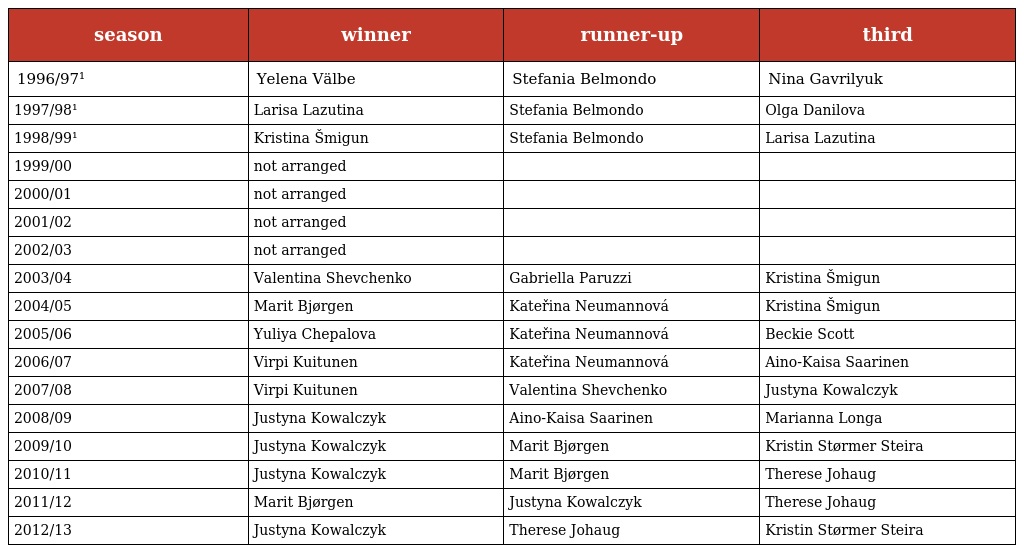
| season | winner | runner-up | third |
 | --- | --- | --- | --- |
 | 1996/97¹ | Yelena Välbe | Stefania Belmondo | Nina Gavrilyuk |
 | 1997/98¹ | Larisa Lazutina | Stefania Belmondo | Olga Danilova |
 | 1998/99¹ | Kristina Šmigun | Stefania Belmondo | Larisa Lazutina |
 | 1999/00 | not arranged |  |  |
 | 2000/01 | not arranged |  |  |
 | 2001/02 | not arranged |  |  |
 | 2002/03 | not arranged |  |  |
 | 2003/04 | Valentina Shevchenko | Gabriella Paruzzi | Kristina Šmigun |
 | 2004/05 | Marit Bjørgen | Kateřina Neumannová | Kristina Šmigun |
 | 2005/06 | Yuliya Chepalova | Kateřina Neumannová | Beckie Scott |
 | 2006/07 | Virpi Kuitunen | Kateřina Neumannová | Aino-Kaisa Saarinen |
 | 2007/08 | Virpi Kuitunen | Valentina Shevchenko | Justyna Kowalczyk |
 | 2008/09 | Justyna Kowalczyk | Aino-Kaisa Saarinen | Marianna Longa |
 | 2009/10 | Justyna Kowalczyk | Marit Bjørgen | Kristin Størmer Steira |
 | 2010/11 | Justyna Kowalczyk | Marit Bjørgen | Therese Johaug |
 | 2011/12 | Marit Bjørgen | Justyna Kowalczyk | Therese Johaug |
 | 2012/13 | Justyna Kowalczyk | Therese Johaug | Kristin Størmer Steira |